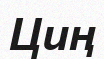
Циң